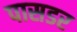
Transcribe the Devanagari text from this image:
पासडर